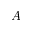
A